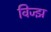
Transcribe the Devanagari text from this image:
विज्झ